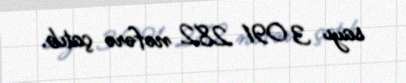
sayı 3 091 282 nəfərə çatıb.